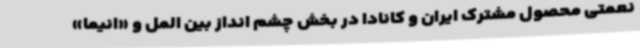
نعمتی محصول مشترک ایران و کانادا در بخش چشم انداز بین المل و «انیما»